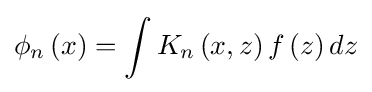
\phi _{n}\left(x\right)=\int K_{n}\left(x,z\right)f\left(z\right)dz